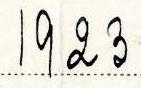
1923